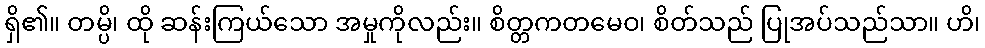
ရှိ၏။ တမ္ပိ၊ ထို ဆန်းကြယ်သော အမှုကိုလည်း။ စိတ္တကတမေဝ၊ စိတ်သည် ပြုအပ်သည်သာ။ ဟိ၊